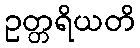
ဥတ္တရိယတိ